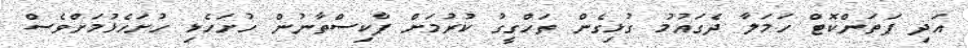
އަދި ޕަތަންކޮޓް ހަމަލާ ދެގައުމު ގުޅިގެން ތަހްގީގު ކުރުމަށް ޕާކިސްތާނުން ހުށަހެޅި ހުށަހެޅުމަށްވެސް